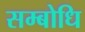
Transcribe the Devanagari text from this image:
सम्‍बोधि